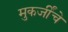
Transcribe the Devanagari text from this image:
मुकर्जींचे